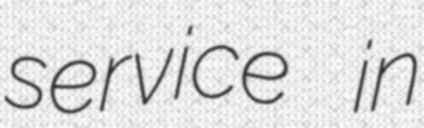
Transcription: service in